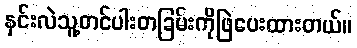
နှင်းလဲသူ့တင်ပါးတခြမ်းကိုဖြဲပေးထားတယ်။